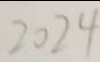
2 0 2 4